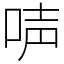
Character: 𠴢